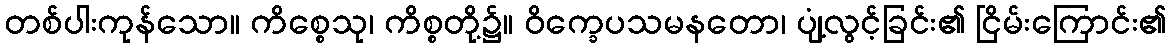
တစ်ပါးကုန်သော။ ကိစ္စေသု၊ ကိစ္စတို့၌။ ဝိက္ခေပသမနတော၊ ပျံ့လွင့်ခြင်း၏ ငြိမ်းကြောင်း၏